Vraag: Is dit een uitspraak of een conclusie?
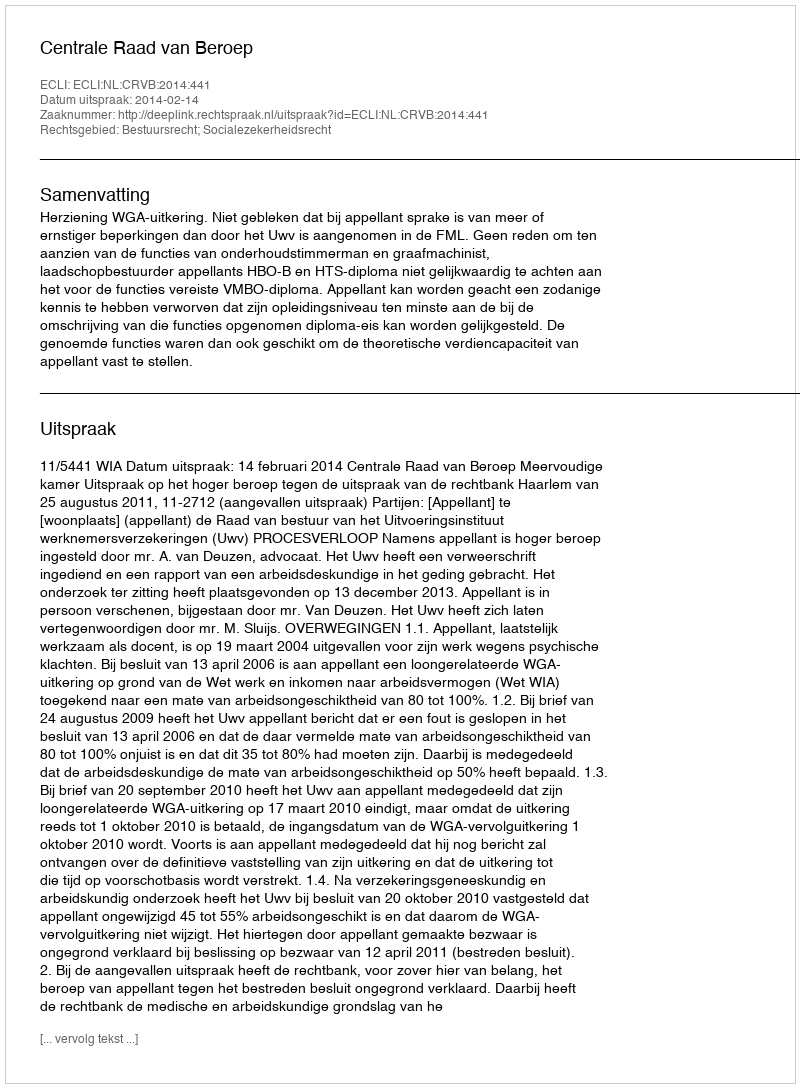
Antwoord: Uitspraak